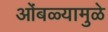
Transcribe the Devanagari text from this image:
ओंबळ्यामुळे